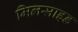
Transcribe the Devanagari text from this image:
मिलसाइड